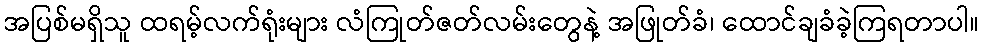
အပြစ်မရှိသူ ထရမ့်လက်ရုံးများ လံကြုတ်ဇတ်လမ်းတွေနဲ့ အဖြုတ်ခံ၊ ထောင်ချခံခဲ့ကြရတာပါ။